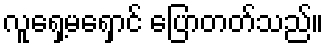
လူရှေ့မရှောင် ပြောတတ်သည်။